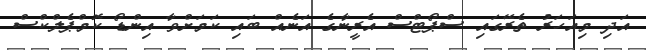
އަދި މިއަހަރު ތެރޭގައި ސްޕޯޓްސް އެރީނާގެ އަނެއް ބައި ކަމަށްވާ އިންޑޯ ކޮމްޕެލްކްސް